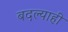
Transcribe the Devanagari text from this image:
बदल्याही